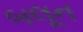
બલૂન